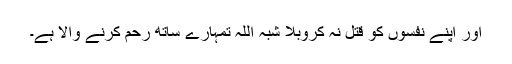
اور اپنے نفسوں کو قتل نہ کروبلا شبہ اللہ تمہارے ساتھ رحم کرنے والا ہے۔